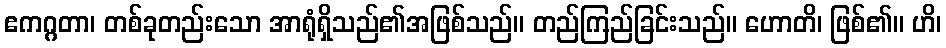
ဧကဂ္ဂတာ၊ တစ်ခုတည်းသော အာရုံရှိသည်၏အဖြစ်သည်။ တည်ကြည်ခြင်းသည်။ ဟောတိ၊ ဖြစ်၏။ ဟိ၊